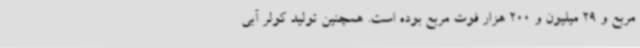
مربع و 29 میلیون و 200 هزار فوت مربع بوده است. همچنین تولید کولر آبی